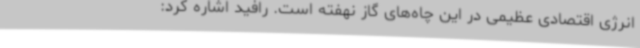
انرژی اقتصادی عظیمی در این چاه‌های گاز نهفته است. رافید اشاره کرد: